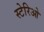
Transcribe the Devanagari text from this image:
स्टेरिओ